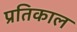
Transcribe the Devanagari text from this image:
प्रतिकाल